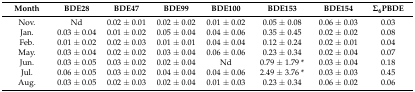
| Month | BDE28 | BDE47 | BDE99 | BDE100 | BDE153 | BDE154 | Σ6PBDE |
 | --- | --- | --- | --- | --- | --- | --- | --- |
 | Nov. | Nd | 0.02 ± 0.01 | 0.02 ± 0.02 | 0.01 ± 0.02 | 0.05 ± 0.08 | 0.06 ± 0.03 | 0.03 |
 | Jan. | 0.03 ± 0.04 | 0.01 ± 0.02 | 0.05 ± 0.04 | 0.04 ± 0.06 | 0.35 ± 0.45 | 0.02 ± 0.02 | 0.08 |
 | Feb. | 0.01 ± 0.02 | 0.02 ± 0.03 | 0.01 ± 0.01 | 0.04 ± 0.04 | 0.12 ± 0.24 | 0.02 ± 0.01 | 0.04 |
 | May. | 0.03 ± 0.04 | 0.02 ± 0.02 | 0.03 ± 0.04 | 0.06 ± 0.06 | 0.23 ± 0.34 | 0.02 ± 0.04 | 0.07 |
 | Jun. | 0.03 ± 0.05 | 0.03 ± 0.02 | 0.02 ± 0.04 | Nd | 0.79 ± 1.79 * | 0.03 ± 0.04 | 0.18 |
 | Jul. | 0.06 ± 0.05 | 0.03 ± 0.02 | 0.04 ± 0.04 | 0.04 ± 0.06 | 2.49 ± 3.76 * | 0.03 ± 0.03 | 0.45 |
 | Aug. | 0.03 ± 0.05 | 0.02 ± 0.03 | 0.02 ± 0.04 | 0.01 ± 0.03 | 0.23 ± 0.34 | 0.06 ± 0.02 | 0.06 |